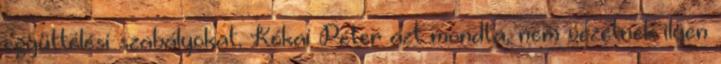
együttélési szabályokat, Kókai Péter azt mondta, nem vezetnek ilyen